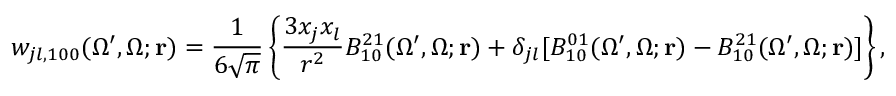
{ w } _ { j l , 1 0 0 } ( \Omega ^ { \prime } , \Omega ; \mathbf { r } ) = \frac { 1 } { 6 \sqrt { \pi } } \left\{ \frac { 3 x _ { j } x _ { l } } { r ^ { 2 } } { \cal B } _ { 1 0 } ^ { 2 1 } ( \Omega ^ { \prime } , \Omega ; \mathbf { r } ) + \delta _ { j l } [ { \cal B } _ { 1 0 } ^ { 0 1 } ( \Omega ^ { \prime } , \Omega ; \mathbf { r } ) - { \cal B } _ { 1 0 } ^ { 2 1 } ( \Omega ^ { \prime } , \Omega ; \mathbf { r } ) ] \right\} ,